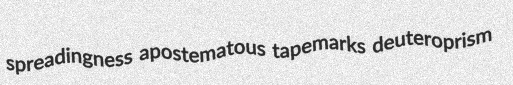
spreadingness apostematous tapemarks deuteroprism